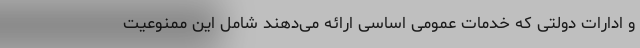
و ادارات دولتی که خدمات عمومی اساسی ارائه می‌دهند شامل این ممنوعیت